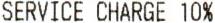
SERVICE CHARGE 10%